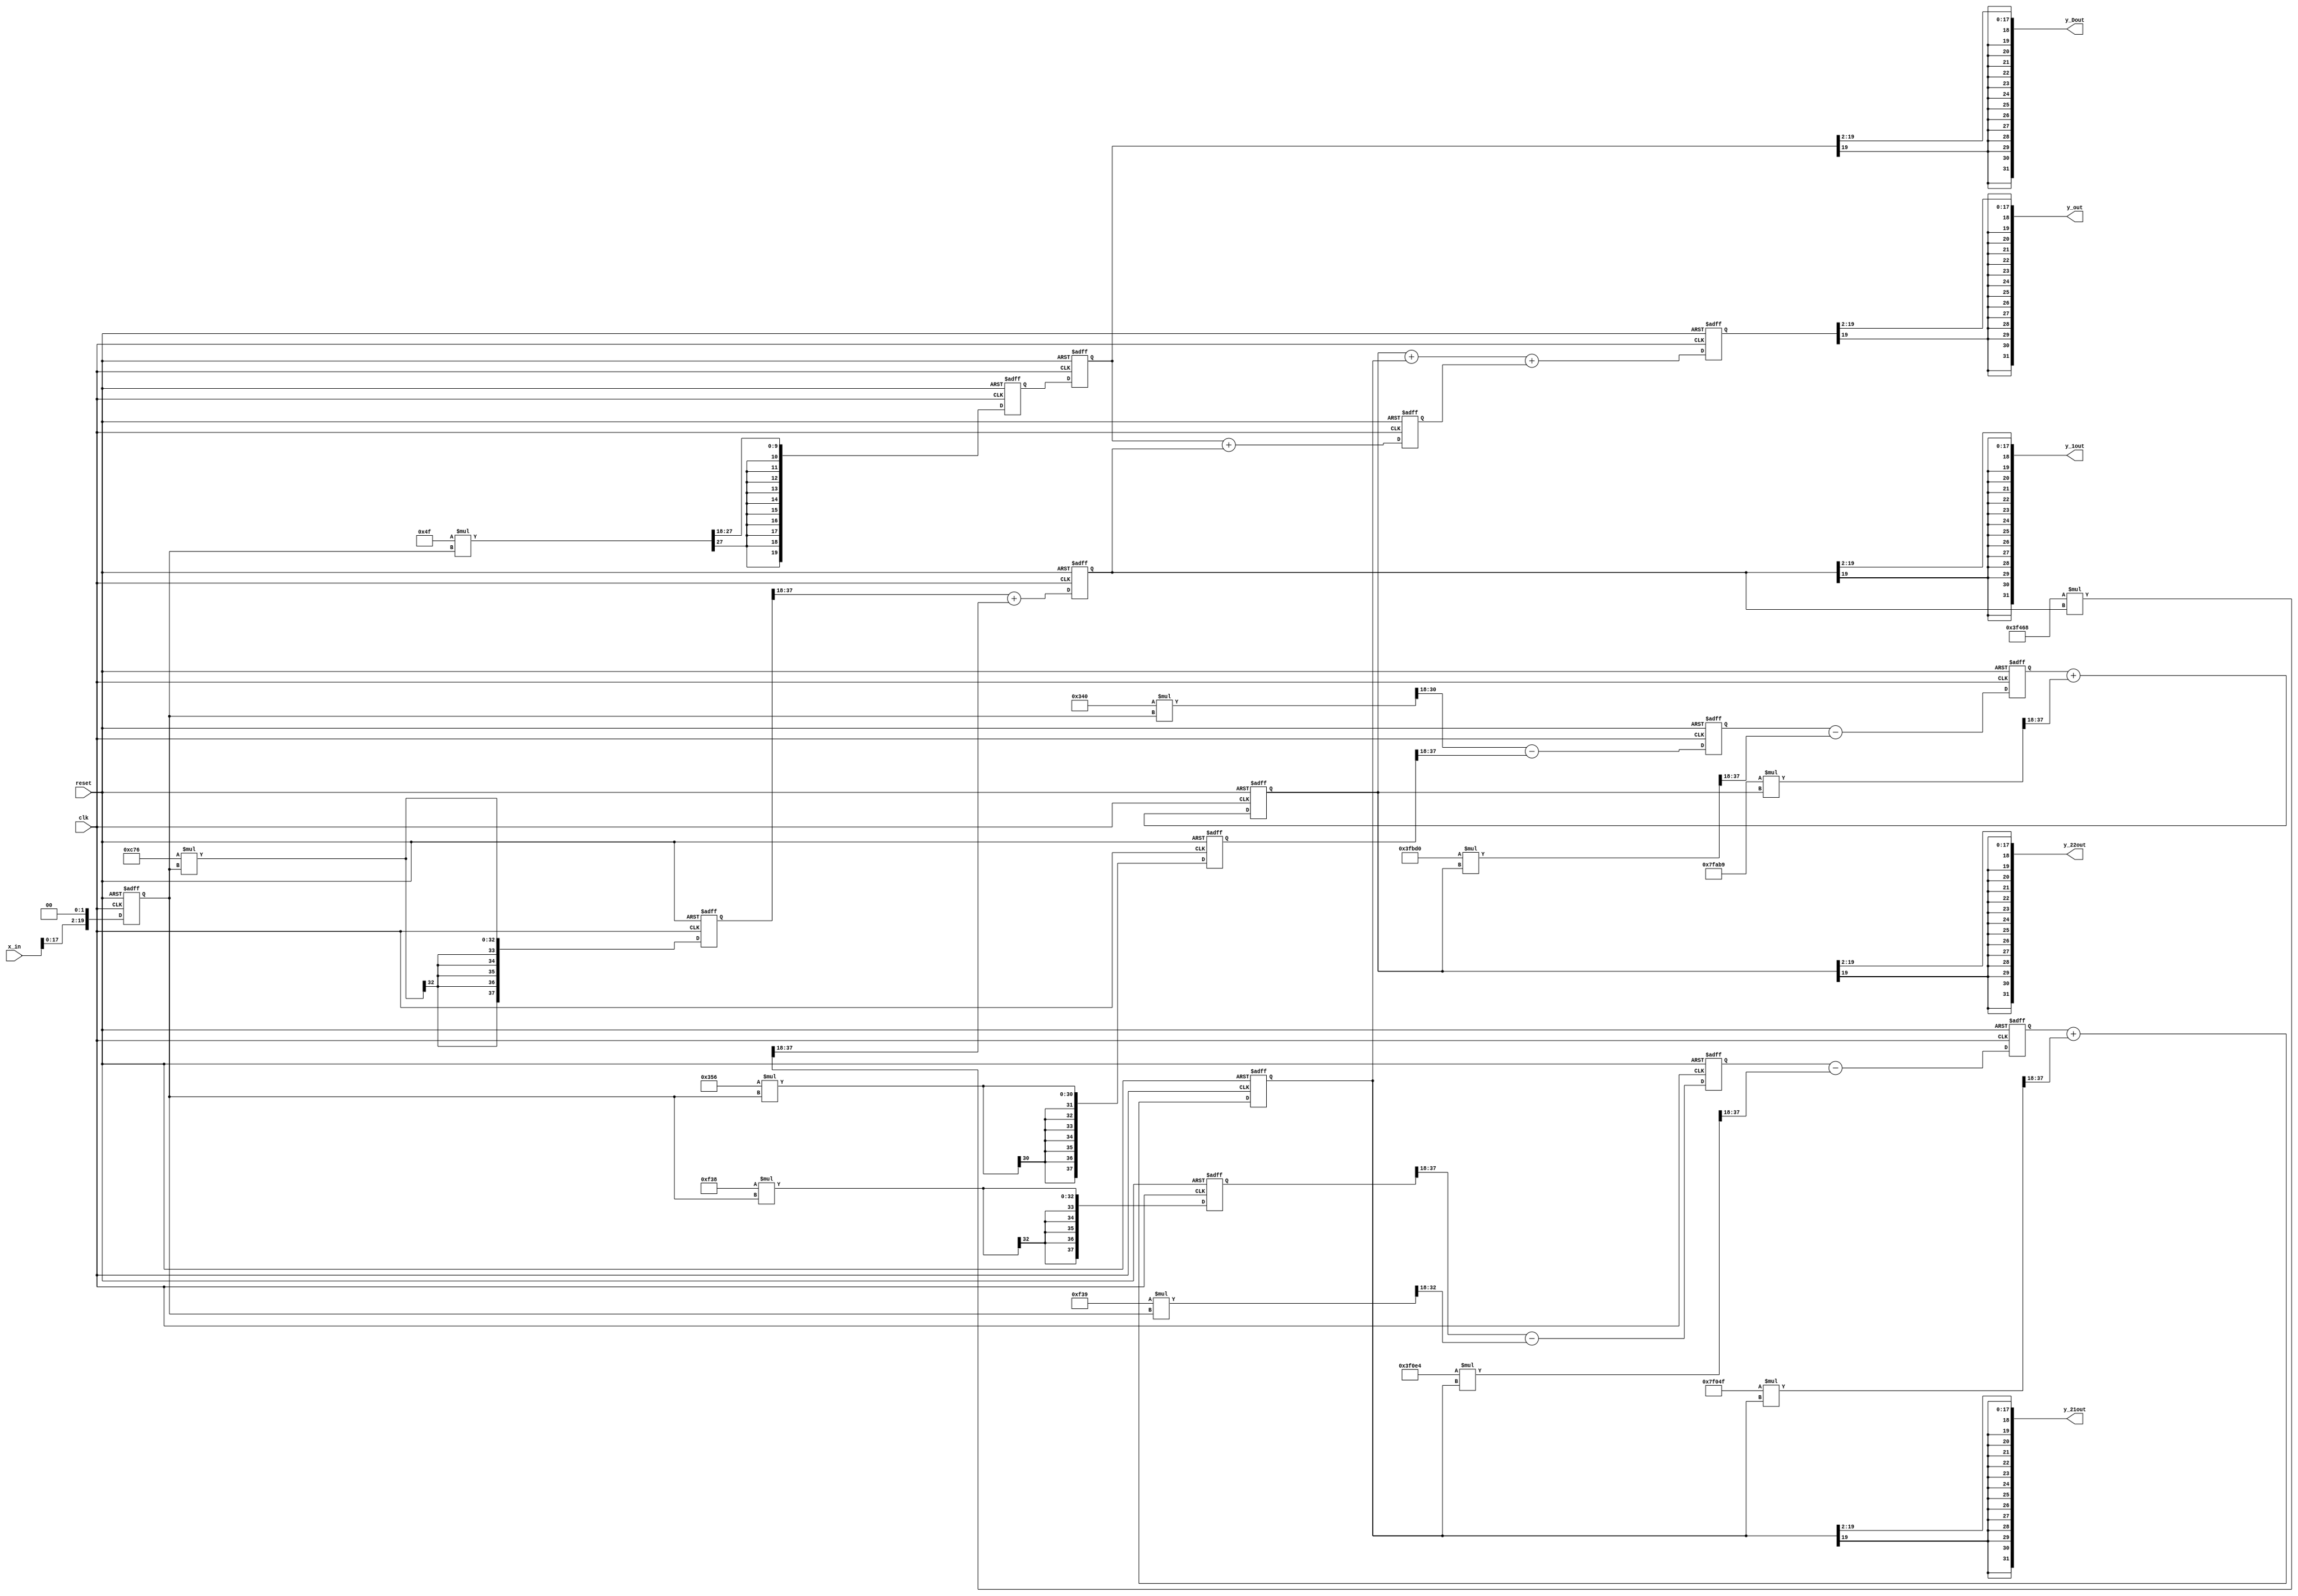
//*********************************************************
// IEEE STD 1364-2001 Verilog file: iir5para.v 
// Author-EMAIL: Uwe.Meyer-Baese@ieee.org
//*********************************************************
// Description: 5 th order IIR parallel form implementation 
// Coefficients: 
// D =   0.00030357
// B1 =  0.0031   -0.0032    0
// A1 =  1.0000   -1.9948    0.9959
// B2 = -0.0146    0.0146    0
// A2 =  1.0000   -1.9847    0.9852
// B3 =  0.0122
// A3 =  0.9887
// --------------------------------------------------------
module iir5para                 // I/O data in 16.16 format
  (input clk,                   // System clock
   input reset,                 // Asynchron reset
   input signed [31:0] x_in,    // System input 
   output signed [31:0] y_Dout, // 0 order
   output signed [31:0] y_1out, // 1. order
   output signed [31:0] y_21out,// 2. order 1
   output signed [31:0] y_22out,// 2. order 2
   output signed [31:0] y_out); // System output
// --------------------------------------------------------
// Internal type has 2 bits integer and 18 bits fraction:
reg signed [19:0] s11, r13, r12; // 1. BiQuad regs.
reg signed [19:0] s21, r23, r22; // 2. BiQuad regs.
reg signed [19:0] r32, r41, r42, r43, y; 
reg signed [19:0]  x;

// Products have double bit width
reg signed [39:0] b12x, b11x , a13r12, a12r12; // 1. BiQuad
reg signed [39:0] b22x, b21x, a23r22, a22r22; // 2. BiQuad
reg signed [39:0] b31x, a32r32, Dx; 

// All coefficients use 6*4=24 bits and are scaled by 2^18
wire signed [19:0] a12, a13, b11, b12; // First BiQuad  
wire signed [19:0] a22, a23, b21, b22; // Second BiQuad 
wire signed [19:0] a32, b31, D; // First order and direct
// First BiQuad coefficients
  assign a12 = 20'h7FAB9;  // (-)1.99484680
  assign a13 = 20'h3FBD0;  // 0.99591112
  assign b11 = 20'h00340;  // 0.00307256
  assign b12 = 20'h00356;  // (-)0.00316061
// Second BiQuad coefficients  
  assign  a22 = 20'h7F04F;   // (-)1.98467605
  assign  a23 = 20'h3F0E4;   // 0.98524428
  assign  b21 = 20'h00F39;   // (-)0.01464265
  assign  b22 = 20'h00F38;   // 0.01464684
// First order system with R(5) and P(5)
  assign  a32 = 20'h3F468;   // 0.98867974  
  assign  b31 = 20'h00C76;   // 0.012170
// Direct system   
  assign    D = 20'h0004F;   // 0.000304
 
  always @(posedge clk or posedge reset)
  begin : P1  
    if (reset) begin             // Asynchronous clear
      b12x <= 0; s11 <= 0; r13 <= 0; r12 <= 0;
      b22x <= 0; s21 <= 0; r23 <= 0; r22 <= 0;
      b31x <= 0; r32 <= 0; r41 <= 0;
      r42 <= 0; r43 <= 0; y <= 0; x <= 0;
    end else begin             // SOS Modified BiQuad form
  // redefine bits as FIX 16.16 number to 
      x <= {x_in[17:0], 2'b00}; 
 // internal precision 2.19 format, i.e. 21 bits
// 1. BiQuad is 2. order
      b12x <= b12 * x;
      b11x = b11 * x; 
      s11 <= (b11x >>> 18) - (b12x >>> 18); // was +
      a13r12 = a13 * r12;
      r13 <= s11 - (a13r12 >>> 18);
      a12r12 = a12 * r12;
      r12 <= r13 + (a12r12 >>> 18); // was -
// 2. BiQuad is 2. order
      b22x <= b22 * x;
      b21x = b21 * x;
      s21 <= (b22x >>> 18) - (b21x >>> 18); // was +
      a23r22 = a23 * r22;
      r23 <= s21 - (a23r22 >>> 18);
      a22r22 = a22 * r22;
      r22 <= r23 + (a22r22 >>> 18);  // was -
// 3. Section is 1. order
      b31x <= b31 * x;
      a32r32 = a32 * r32;
      r32 <= (b31x >>> 18) + (a32r32 >>> 18);
// 4. Section is assign 
      Dx = D * x;
      r41 <=   Dx >>> 18;
// Output adder tree
      r42 <= r41;
      r43 <= r42 + r32;
      y <= r12 + r22 + r43;
    end
  end 

// Change 19 to 16 bit fraction, i.e. cut 2 LSBs
// Redefine bits as 32 bit SLV
  assign y_out   = {{14{y[19]}},y[19:2]};
  assign y_Dout  = {{14{r42[19]}},r42[19:2]};  
  assign y_1out  = {{14{r32[19]}},r32[19:2]};  
  assign y_21out = {{14{r22[19]}},r22[19:2]};  
  assign y_22out = {{14{r12[19]}},r12[19:2]};
  
endmodule